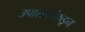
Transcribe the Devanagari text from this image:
उपासकांकडून